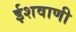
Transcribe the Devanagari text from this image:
ईशवाणी